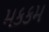
મકકમ